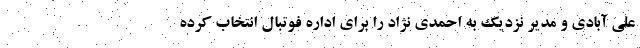
علی آبادی و مدیر نزدیک به احمدی نژاد را برای اداره فوتبال انتخاب کرده